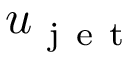
u _ { \mathrm { ~ j ~ e ~ t ~ } }